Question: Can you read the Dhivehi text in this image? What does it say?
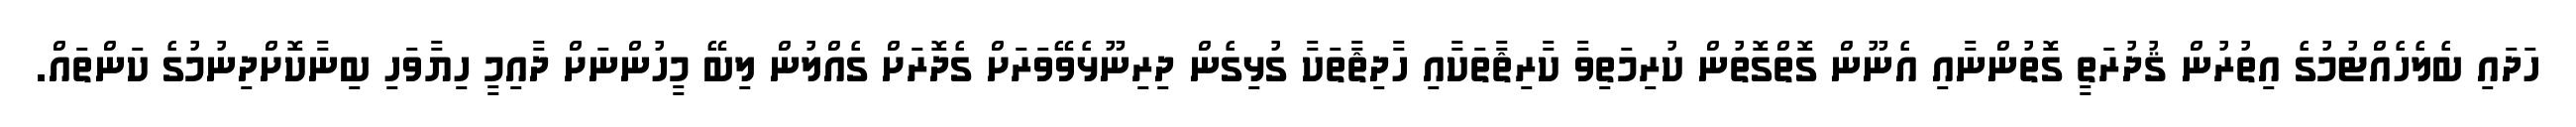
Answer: ހަދައި ބެލެހެއްޓުމުގެ އިތުރުން ޤުދުރަތީ ގޮތުންނާއި އެނޫން ގޮތްގޮތުން ކުރިމަތިވާ ކާރިޘާތަކާއި ހާދިޘާތަކާ ގުޅިގެން ދިރިނޫޅެވޭވަރަށް ގެދޮރަށް ގެއްލުން ލިބޭ މީހުންނަށް ދާއިމީ ހިޔާވަހި ބިނާކޮށްދިނުމުގެ ކަންތައް.